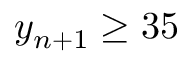
y _ { n + 1 } \geq 3 5